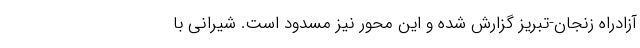
آزادراه زنجان-تبریز گزارش شده و این محور نیز مسدود است. شیرانی با